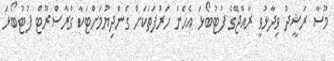
މޫސާ ރަޝީދު ވިދާޅުވީ ރާއްޖޭގެ ފުޓުބޯޅަ އެހެން ހަރުފަތަކަށް ގެންދިޔުމަށްޓަކާ ގްރާސްރޫޓް ފުޓުބޯޅަ